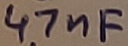
Text: 47nF